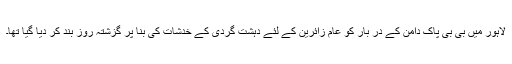
لاہور میں بی بی پاک دامن کے در بار کو عام زائرین کے لئے دہشت گردی کے خدشات کی بنا پر گزشتہ روز بند کر دیا گیا تھا۔